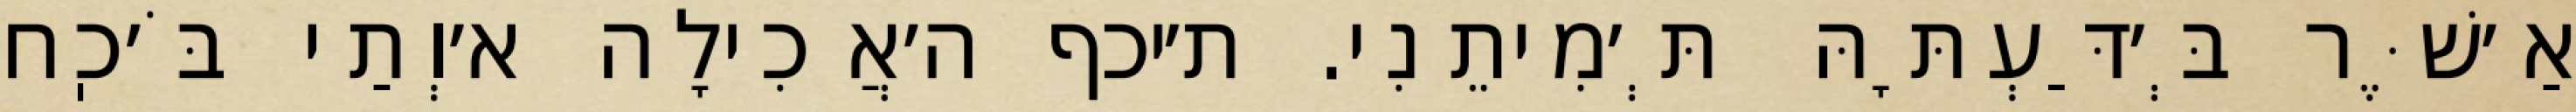
אַ׳שֶּׁר בְּ׳דַּעְתָּהּ תְּ׳מִיתֵנִי. ת׳יכף ה׳אֲכִילָה א׳וְתַי בֹּ׳כֽח